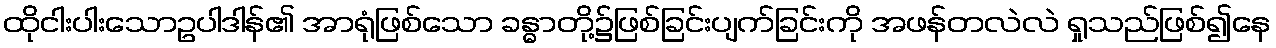
ထိုငါးပါးသောဥပါဒါန်၏ အာရုံဖြစ်သော ခန္ဓာတို့၌ဖြစ်ခြင်းပျက်ခြင်းကို အဖန်တလဲလဲ ရှုသည်ဖြစ်၍နေ